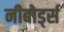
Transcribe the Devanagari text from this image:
नीबोर्ड्स